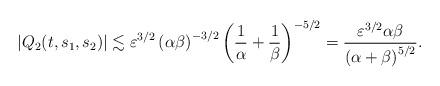
LaTeX: \begin{align*} \left| Q_2(t,s_1,s_2) \right| \lesssim \varepsilon^{3/2} \left(\alpha\beta\right)^{-3/2} \left( \frac{1}{\alpha} + \frac{1}{\beta} \right)^{-5/2} = \frac{\varepsilon^{3/2} \alpha\beta}{\left(\alpha+\beta\right)^{5/2}}.\end{align*}